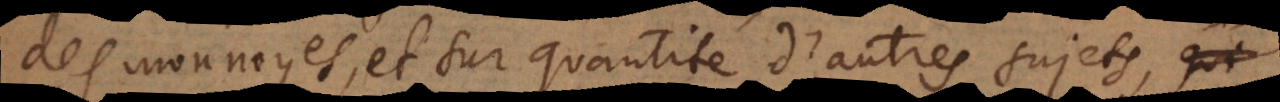
des monnoyes, et sur quantité d’autres sujets,